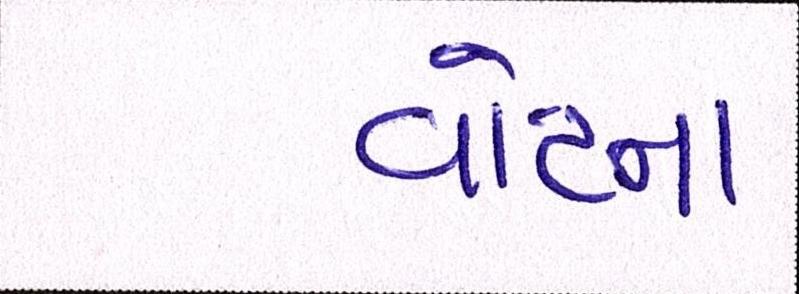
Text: વોટના